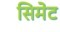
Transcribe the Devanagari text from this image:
सिमेट